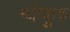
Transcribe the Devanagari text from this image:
ग्योकुरु